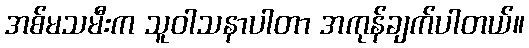
အစ်မသမီးက သူဝါသနာပါတာ အကုန်ချက်ပါတယ်။